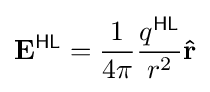
\mathbf {E} ^{\textsf {HL}}={\frac {1}{4\pi }}{\frac {q^{\textsf {HL}}}{r^{2}}}\mathbf {\hat {r}}